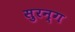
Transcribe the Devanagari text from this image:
सुरन्ग